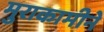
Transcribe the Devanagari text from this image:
मुराकामीने